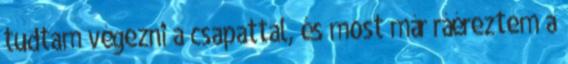
tudtam végezni a csapattal, és most már ráéreztem a